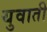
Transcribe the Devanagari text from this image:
युवाती